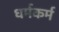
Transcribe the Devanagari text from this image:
धर्मकर्म